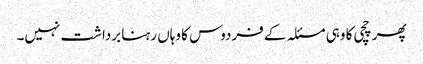
پھر چچی کا وہی مسئلہ کے فردوس کا وہاں رہنا برداشت نہیں۔